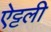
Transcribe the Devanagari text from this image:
ऐट्टली